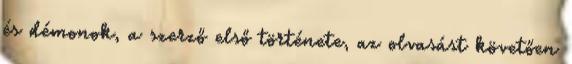
és démonok, a szerző első története, az olvasást követően